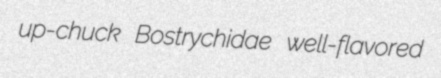
up-chuck Bostrychidae well-flavored